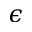
\epsilon